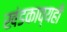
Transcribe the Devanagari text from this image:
खंडकाव्यही